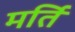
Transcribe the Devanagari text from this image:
मर्ति